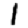
Digit: 1